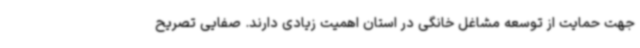
جهت حمایت از توسعه مشاغل خانگی در استان اهمیت زیادی دارند. صفایی تصریح